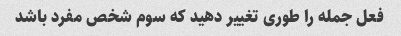
فعل جمله را طوری تغییر دهید که سوم شخص مفرد باشد